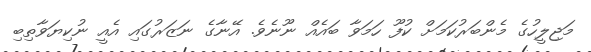
މަޖިލީހުގެ މެންބަރުކަމަށް ކުފޫ ހަމަވާ ބައެއް ނޫނެވެ. އޭނާގެ ނަޒަރުގައި އެއީ ނުކިޔަވާތިބި